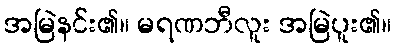
အမြဲနင်း၏။ မရဏဘီလူး အမြဲပူး၏။